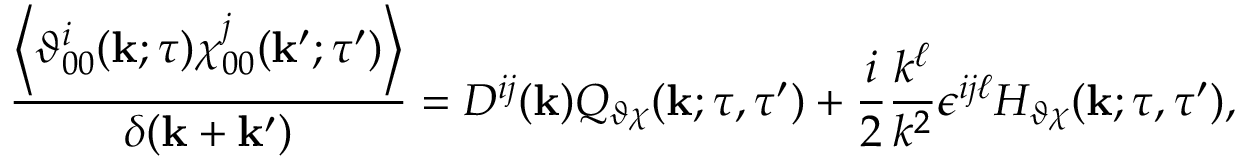
\frac { \left\langle { \vartheta _ { 0 0 } ^ { i } ( { \bf { k } } ; \tau ) \chi _ { 0 0 } ^ { j } ( { \bf { k } } ^ { \prime } ; \tau ^ { \prime } ) } \right\rangle } { \delta ( { \bf { k } } + { \bf { k } } ^ { \prime } ) } = D ^ { i j } ( { \bf { k } } ) Q _ { \vartheta \chi } ( { \bf { k } } ; \tau , \tau ^ { \prime } ) + \frac { i } { 2 } \frac { k ^ { \ell } } { k ^ { 2 } } \epsilon ^ { i j \ell } H _ { \vartheta \chi } ( { \bf { k } } ; \tau , \tau ^ { \prime } ) ,